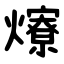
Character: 爎